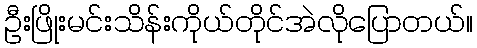
ဦးဖြိုးမင်းသိန်းကိုယ်တိုင်အဲလိုပြောတယ်။